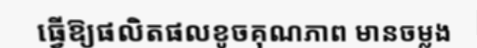
ធ្វើឱ្យផលិតផលខូចគុណភាព មានចម្លង